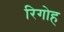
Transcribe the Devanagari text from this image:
रिगोह